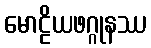
မောဠိယဖဂ္ဂုနဿ